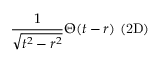
\frac { 1 } { \sqrt { t ^ { 2 } - r ^ { 2 } } } \Theta ( t - r ) \ \mathrm { ( 2 D ) }